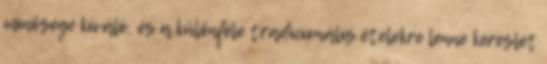
minősége kiváló, és a különféle tradicionális ételekre lenne kereslet